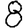
Digit: 8